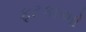
ફટકાઓ